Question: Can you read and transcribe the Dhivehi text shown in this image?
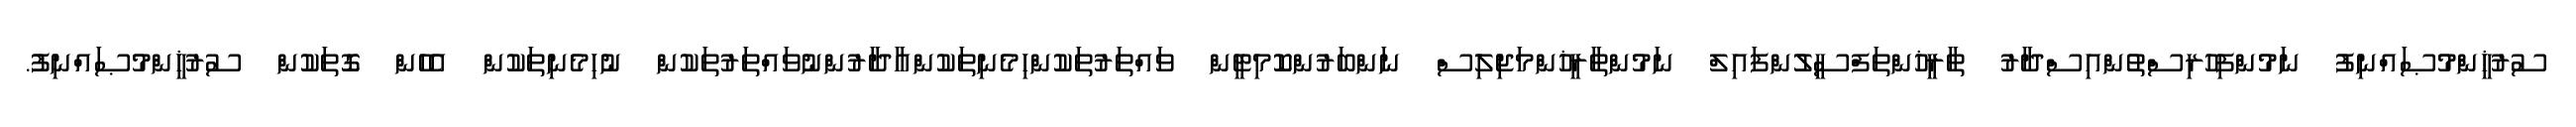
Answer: ސުރުޚީންމުޞައްނިފު ނަމުންފިހުރިސްތުންއިސްދާރު ތާރީޚުންތަފްސީލުންފައިލް ނަމުންތާރީޚުންމަޖިލިސް ނަންބަރުންކޮމިޓީން ވައްތަރުތަކުންހިމެނިތަކުންއާދާރުންނުވައްތަރުތަކުން ނުހިމެނިތަކުން އެހެން ގޮތަކުން ސުރުޚީންމުޞައްނިފު.